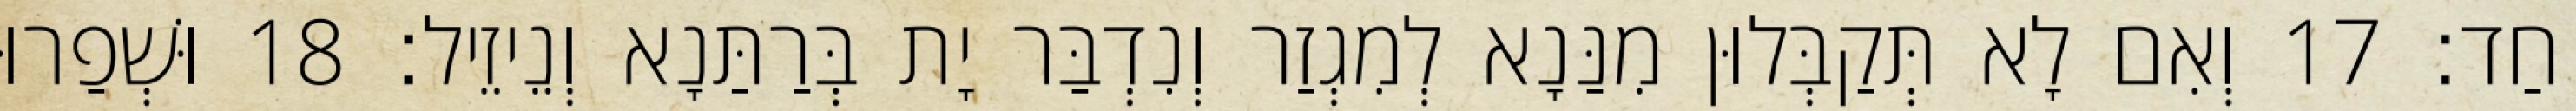
חַד׃ 17 וְאִם לָא תְּקַבְּלוּן מִנַּנָא לְמִגְזַר וְנִדְבַּר יָת בְּרַתַּנָא וְנֵיזֵיל׃ 18 וּשְׁפַרוּ